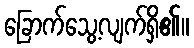
ခြောက်သွေ့လျက်ရှိ၏။